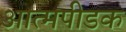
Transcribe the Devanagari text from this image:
आत्मपीडक